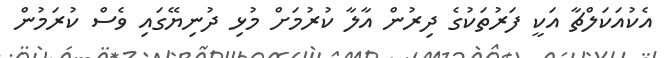
އެކުއަކަލްޗާ އަކީ ފަރުތަކުގެ ދިރުން އާލާ ކުރުމަށް މުޅި ދުނިޔޭގައި ވެސް ކުރަމުން